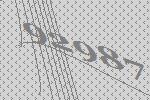
92987